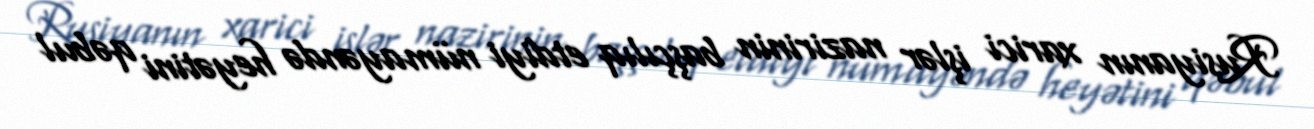
Rusiyanın xarici işlər nazirinin başçılıq etdiyi nümayəndə heyətini qəbul